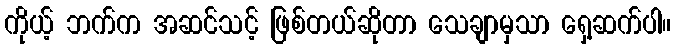
ကိုယ့် ဘက်က အဆင်သင့် ဖြစ်တယ်ဆိုတာ သေချာမှသာ ရှေ့ဆက်ပါ။